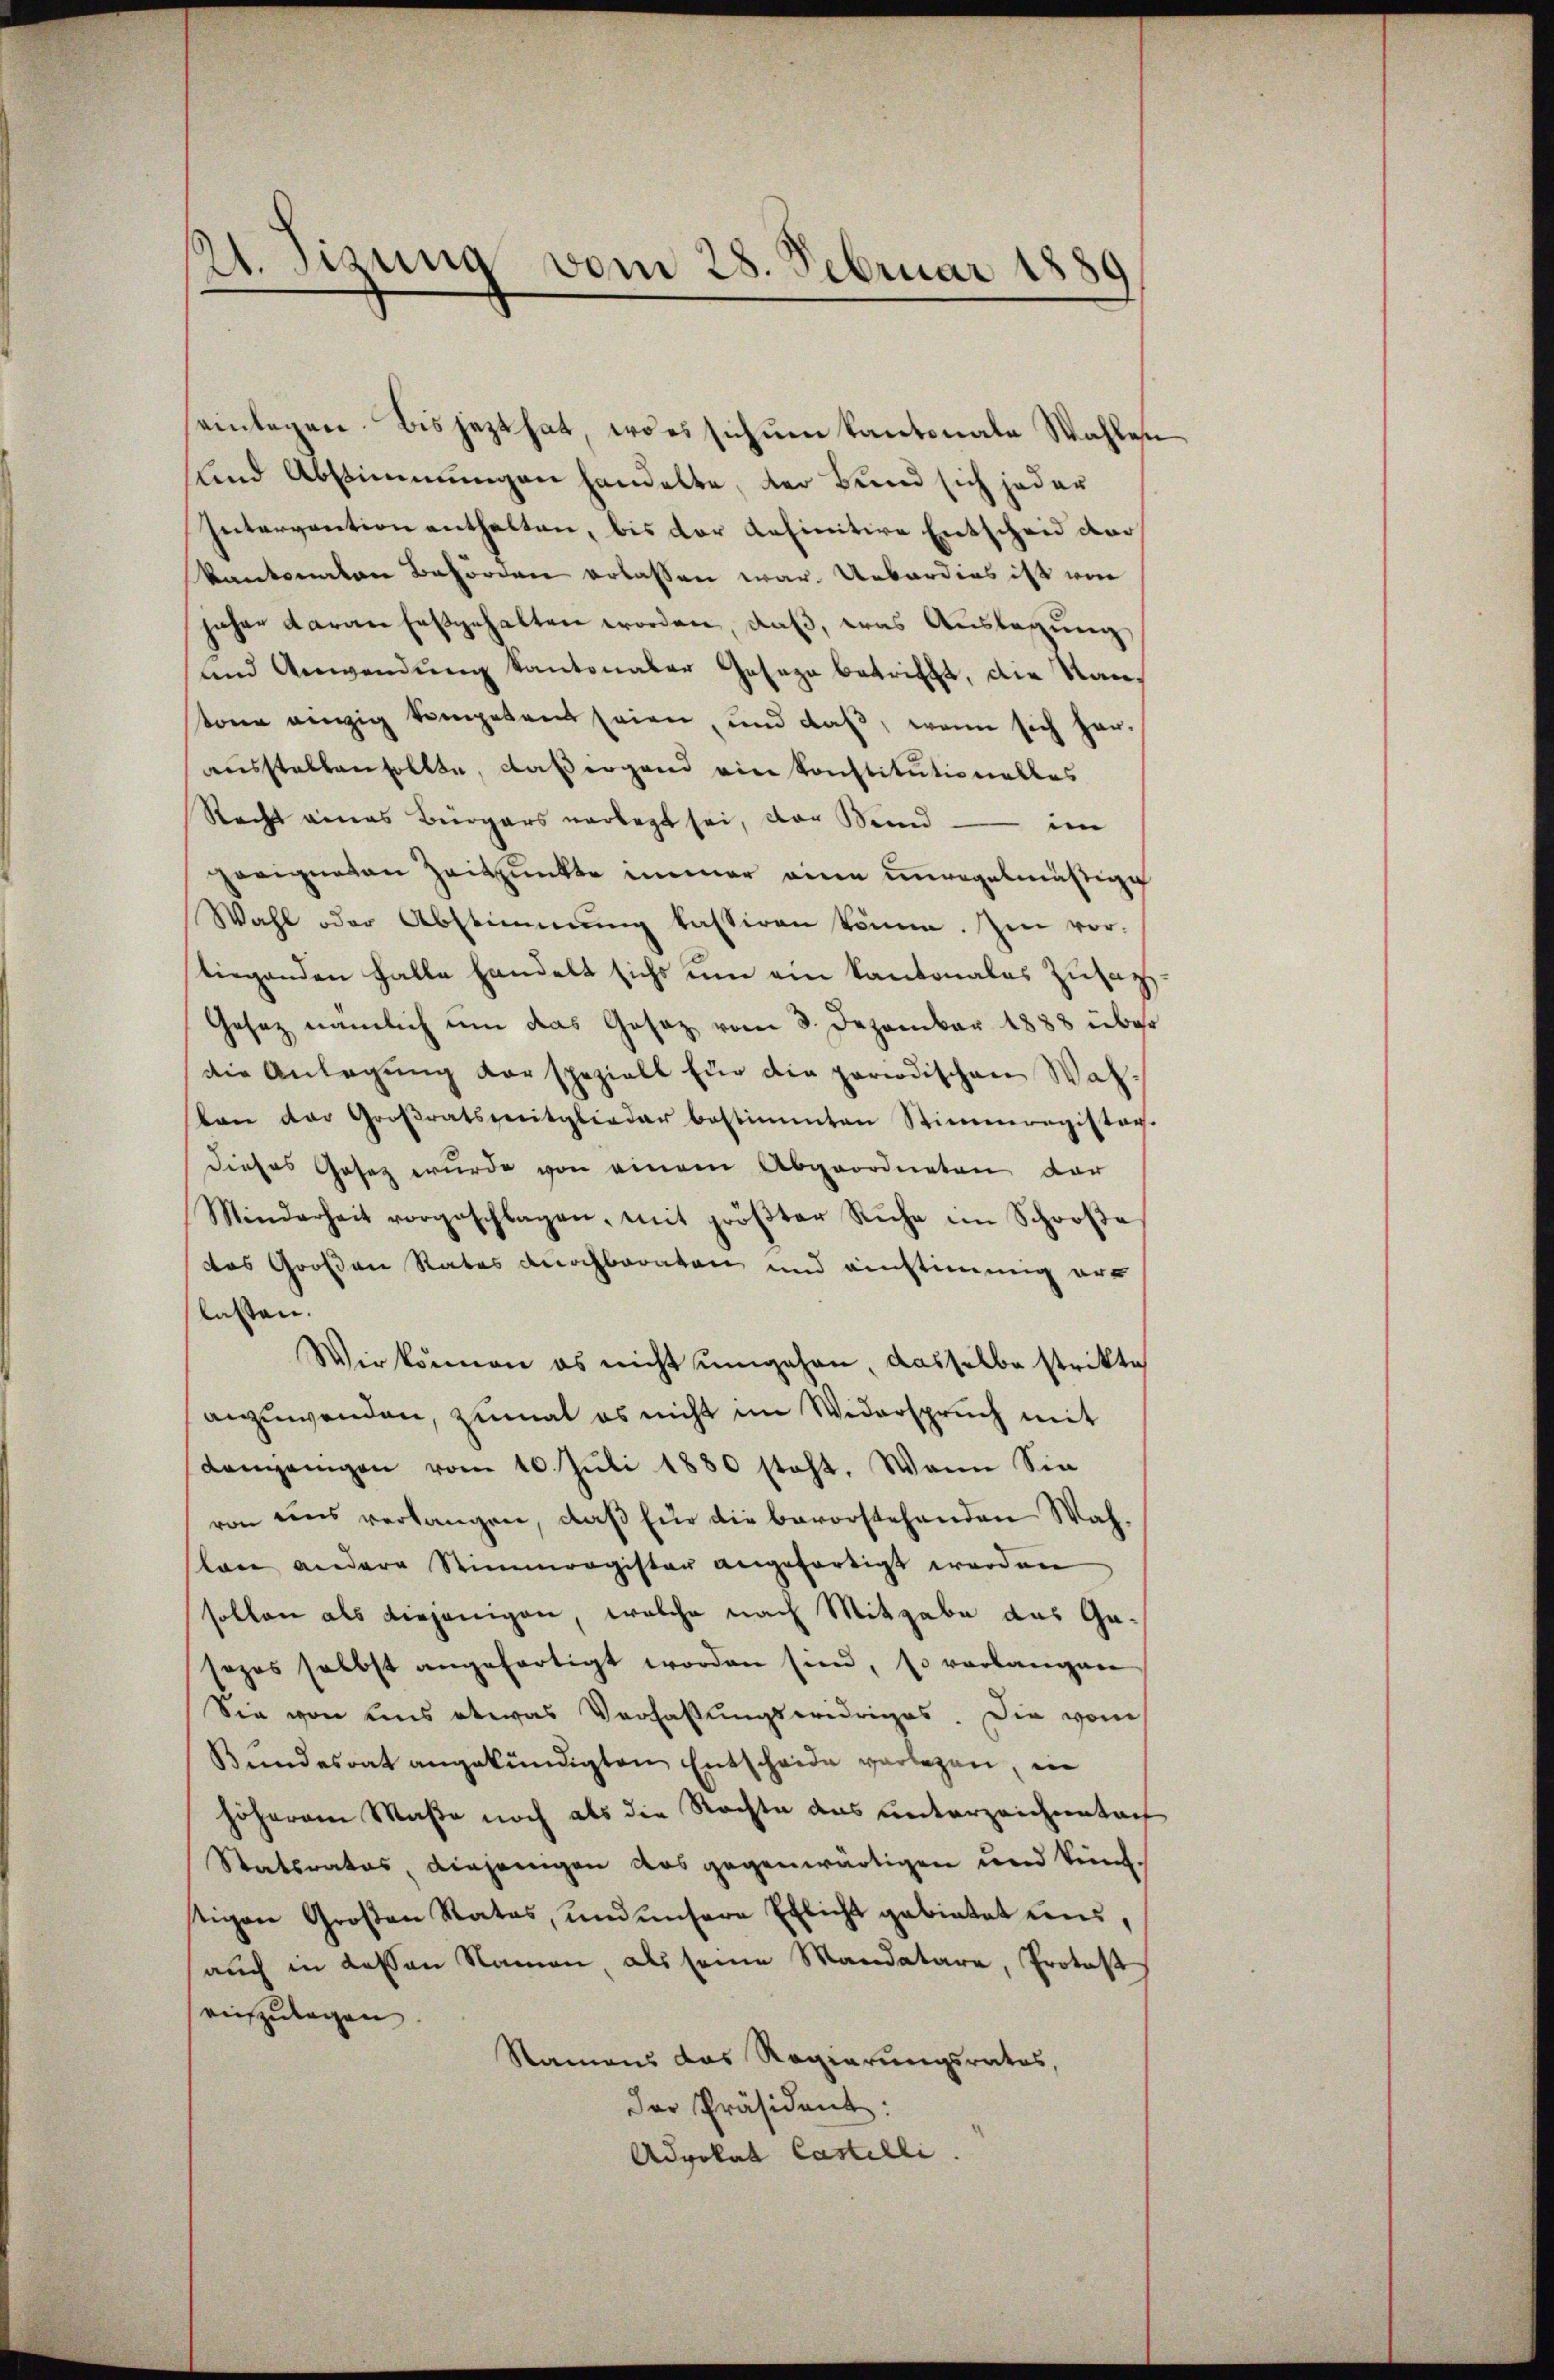
21. Sigung vom 28. Februar 1889

einlegen. Bis jezt hat, wo es sich um Kantonale Wahle,
und Abstimmungen handelte, der Bund sich jeder
Intervention enthalten, bis der anfinitive Entscheid der
kantonalen Behörden erlassen war. Ueberdies ist von
jahre daran festgehalten worden, daβ, was Auslegung
und Anwendung kantonaler Gesage betrifft, die Stantone einzig kompetent seien, und daß, wenn sich har-
aŭsstellen sollte, daßergend ein Konstitutionalles
Recht eines Bürgers vorlegt sei, der Meind — im
zeeigneten Zeitpunkte immer eine unregelmäßige
Wahl oder Abstimmung kassiren komm. Im vor-
liegenden Falle handelt sichs um ein kantonales Zusatz,
Gesez nämlich um das Gesez vom 3. Dezember 1888 über
die Anlagung der speziell für die periodischen Walban der Großratsmitglieder bestimmten Stimmregister-
Dieses Gesez wurde von einem Abgeordneten dar
Minderheit vorgeschlagen, mit gröβter Ruhe im Schoroβe
das Großen Rates durchbarnten und einstimmig ert
lassen.
Wir können es nicht ŭmgehen, dasselbe strikte
anzuwenden, zumal es nicht im Widerspruch mit
demjenigen vom 10. Juli 1880 steht. Wenn Sin
von uns verlangen, daß für die bevorstehenden Wahlane andere Stimmergisten angefertigt werden
sollen als diejenigen, welche nach Mitgabe das Gasozos selbst angefertigt worden sind, so verlangen
Sie von uns etwas Verfassungswidriges. Die vom
Bŭndesrat angekündigten Entscheide verlegen, in
höherem Maße noch als die Rechte das unterzeichneten
Statsrates, diejenigen das gegenwärtigen und künf
tigen Großen Rates, und unsere Ehlicht gebietet und,
auch in dessen Namen, als seine Mandatare, Protest
auszulagen.
Namens das Regierungsrates,
der Präsident:
Advokat Castelli

e